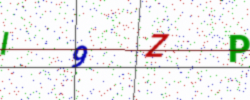
Text: I9ZP